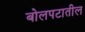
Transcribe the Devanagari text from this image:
बोलपटातील